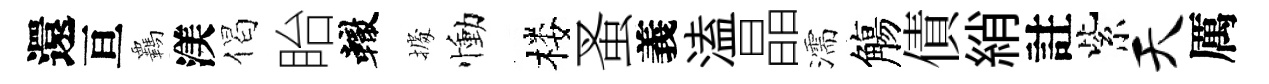
還亘覊渼偈眙轍𢴃慟楼蚤義溘晶濡觴債綃註紫天厲